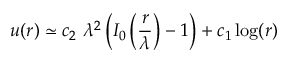
u ( r ) \simeq c _ { 2 } \ \lambda ^ { 2 } \left( I _ { 0 } \left( \frac { r } { \lambda } \right) - 1 \right) + c _ { 1 } \log ( r )